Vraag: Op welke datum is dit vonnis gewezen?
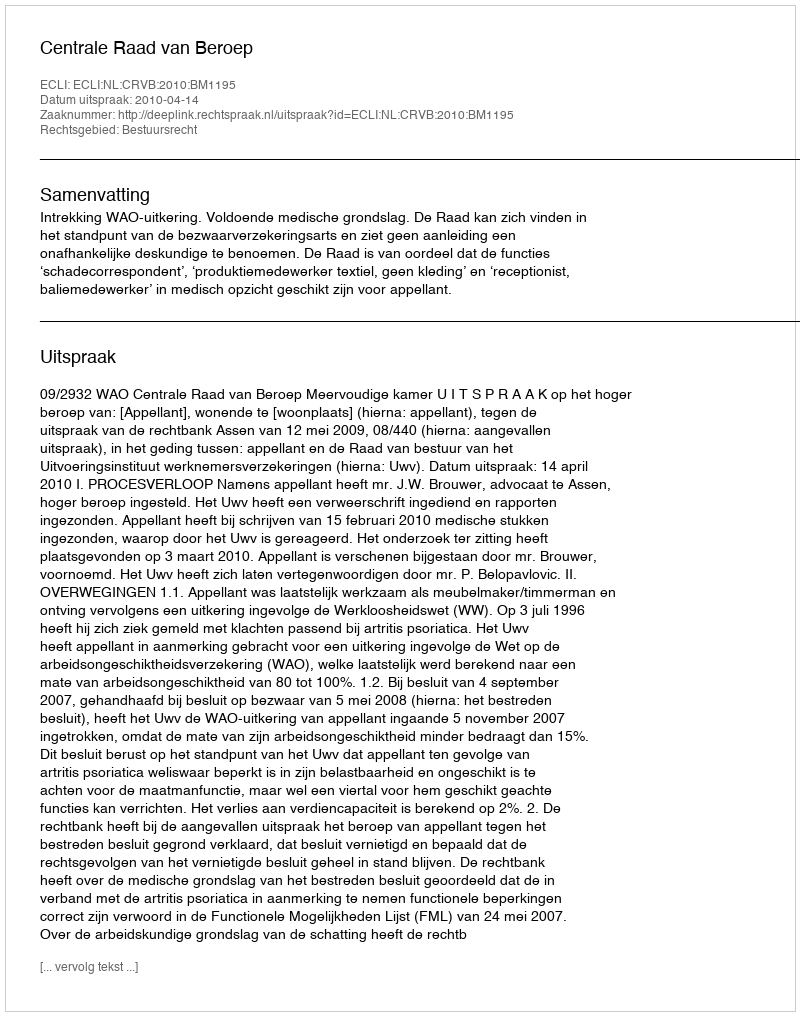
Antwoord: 2010-04-14